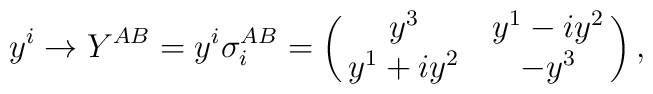
y^i \rightarrow Y^{AB} = y^i\sigma_i^{AB}=\left(\matrix{    y^3 &   y^1-iy^2 \cr            y^1+iy^2  &   -y^3    }\right),